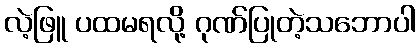
လဲ့ဖြူ ပထမရလို့ ဂုဏ်ပြုတဲ့သဘောပါ